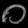
Digit: ၀